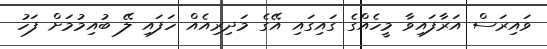
ވައިރަސް އަރާފައިވާ މީހެއްގެ ގައިގައި އޭގެ މަދިރިއެއް ހަފައި ލޭ ބުއިމުމަށް ފަހު